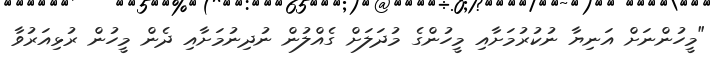
"މީހުންނަށް އަނިޔާ ނުކުރުމަށާއި މީހުންގެ މުދަލަށް ގެއްލުން ނުދިނުމަށާއި ދެން މީހުން ރުޅިއަރުވާ